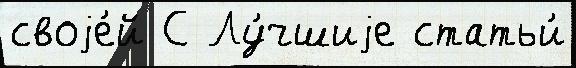
своjе́й С Лу́чшиjе статьи́